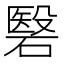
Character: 䃜